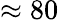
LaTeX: \approx 80